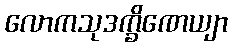
လောကသုဒက္ခိဏေယျာ